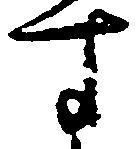
す